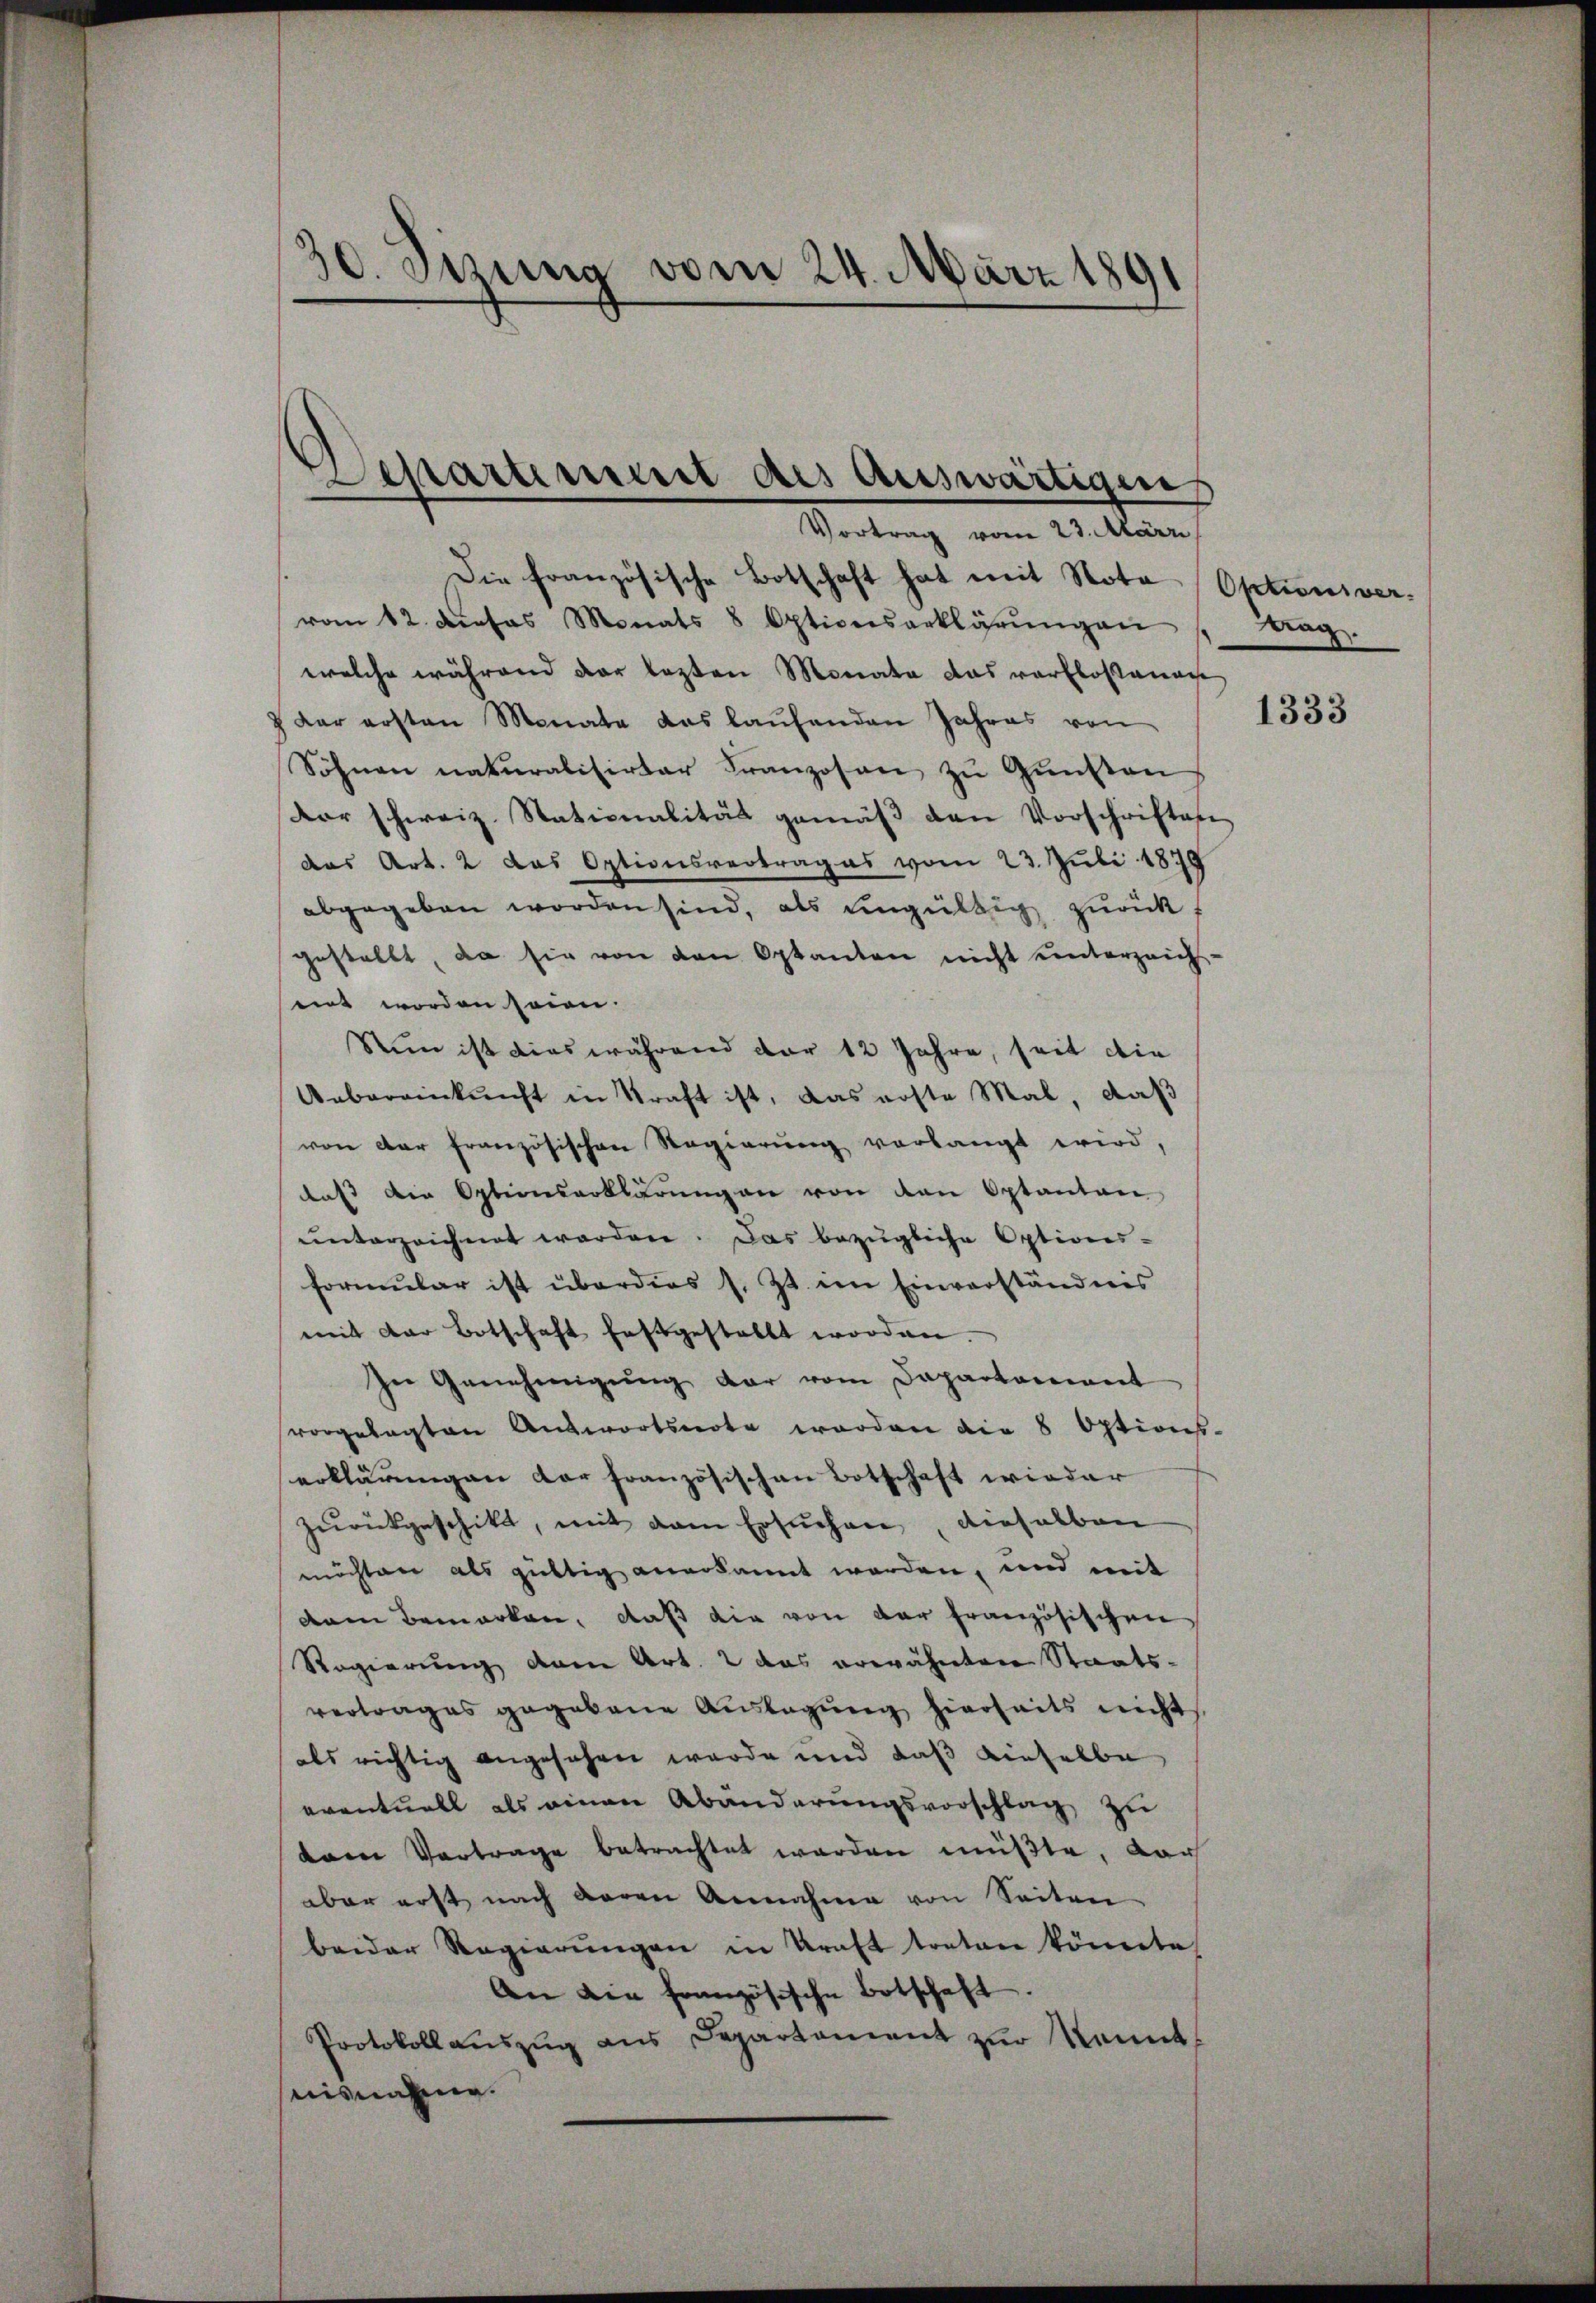
30. Setzung vom 24. März 189

Die französische Botschaft hat mit Nota (Optionsver-
vom 12. dieses Monats 8 Optionserklärŭngen
welche während der lezten Monata das verfloßanage
 der ersten Monate das laŭfenden Jahres von
Söhnen naturalisirter Franzosen zu Gunsten
Dor schweiz. Stationalität gemäβ den Vorschriften
das Art. 2 das Optionsvertrages vom 23. Juli 1879
abgegeben worden sind, als ungültig zurück
gestellt, da sie von den Optanten nicht unterzeich-
eint worden seien.
Nun ist dies während der 12 Jahre, seit die
Uebereinkunft in Straft ist, das erste Mal, daß
von der französischen Regierung vorlangt wird,
dass die Optionserklärŭng an von den Optanton
ŭnterzeichnet worden. Das bezügliche Optiones-
formŭlar ist überdies s. Zt. im Einverständnis
mit der Botschaft festgestellt worden
In Genehmigŭng dar vom Departament
vorgelegten Auswortsnote worden die 8 Options-
erklärungen der französischen Botschaft wieder
zurückgeschikt, mit dem Ersuchen, dieselben
möchten als güttig anerkannt werden, und mit
dam bemerken, daß die von der französischen
Regierung dem Art. 2 das erwähnten Staats-
vertrages gegebene Auslegung hierseits nicht
als richtig angesehen wurde und daß dieselbe
eventuell als einen Abänderungsvorschlag zu
vem Vortrage betrachtet werden müßte, dar
aber erst nach daran Annahme von Seiten
beider Regierŭngen in Kraft treten könnte
An die französische Botschaft
Protokoll aŭszŭg ans Departement zŭr Kennt-
nisnahme.

Departement des Auswärtigen
Vortrag vom 23. März

Frag

1333